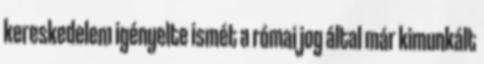
kereskedelem igényelte ismét a római jog által már kimunkált